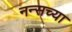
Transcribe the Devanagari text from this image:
नन्सच्या